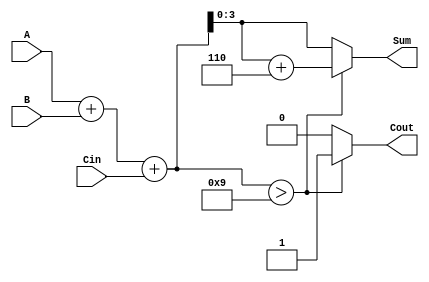
module BCD_Adder (
    input  wire [3:0] A,      // First BCD digit
    input  wire [3:0] B,      // Second BCD digit
    input  wire Cin,          // Carry input
    output reg  [3:0] Sum,    // BCD sum output
    output reg  Cout          // Carry output
);

    wire [4:0] TempSum;       // 5-bit temporary sum to hold A + B + Cin

    // Compute the initial binary sum
    assign TempSum = A + B + Cin;

    always @(*) begin
        if (TempSum > 9) begin
            // If TempSum exceeds 9, perform BCD correction
            Sum = TempSum + 5'b00110; // Add 6 (0110 in binary)
            Cout = 1;                 // Set carry output
        end else begin
            // No correction needed
            Sum = TempSum[3:0];       // Assign lower 4 bits of TempSum
            Cout = 0;                 // Clear carry output
        end
    end

endmodule